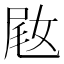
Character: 𫰵